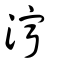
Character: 濘